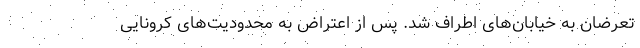
تعرضان به خیابان‌های اطراف شد. پس از اعتراض به محدودیت‌های کرونایی